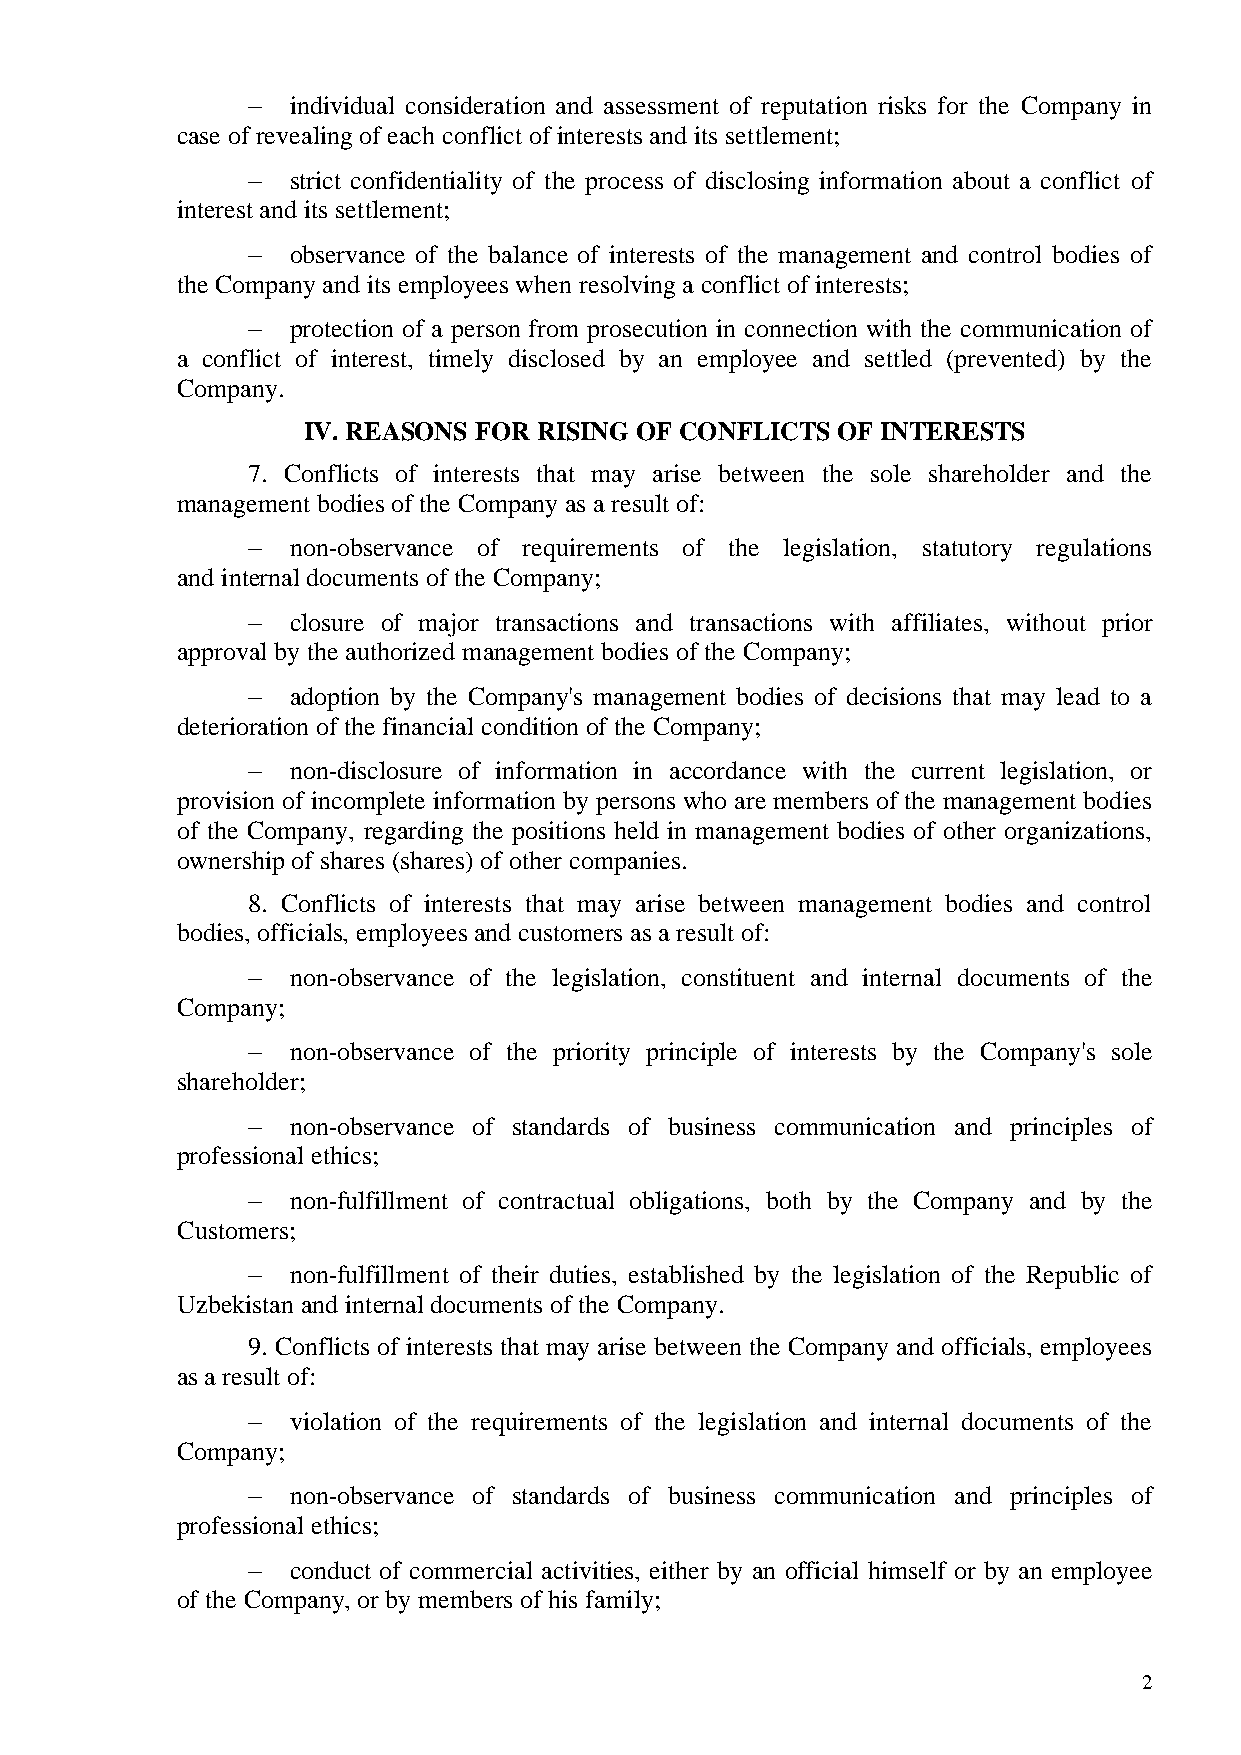
  individual consideration and assessment of reputation risks for the Company in
 case of revealing of each conflict of interests and its settlement;
   strict confidentiality of the process of disclosing information about a conflict of
 interest and its settlement;
   observance of the balance of interests of the management and control bodies of
 the Company and its employees when resolving a conflict of interests;
   protection of a person from prosecution in connection with the communication of
 a conflict of interest, timely disclosed by an employee and settled (prevented) by the
 Company.
 IV. REASONS FOR RISING OF CONFLICTS OF INTERESTS
 7. Conflicts of interests that may arise between the sole shareholder and the
 management bodies of the Company as a result of:
   non-observance of requirements of the legislation, statutory regulations
 and internal documents of the Company;
   closure of major transactions and transactions with affiliates, without prior
 approval by the authorized management bodies of the Company;
   adoption by the Company's management bodies of decisions that may lead to a
 deterioration of the financial condition of the Company;
   non-disclosure of information in accordance with the current legislation, or
 provision of incomplete information by persons who are members of the management bodies
 of the Company, regarding the positions held in management bodies of other organizations,
 ownership of shares (shares) of other companies.
 8. Conflicts of interests that may arise between management bodies and control
 bodies, officials, employees and customers as a result of:
   non-observance of the legislation, constituent and internal documents of the
 Company;
   non-observance of the priority principle of interests by the Company's sole
 shareholder;
   non-observance of standards of business communication and principles of
 professional ethics;
   non-fulfillment of contractual obligations, both by the Company and by the
 Customers;
   non-fulfillment of their duties, established by the legislation of the Republic of
 Uzbekistan and internal documents of the Company.
 9. Conflicts of interests that may arise between the Company and officials, employees
 as a result of:
   violation of the requirements of the legislation and internal documents of the
 Company;
   non-observance of standards of business communication and principles of
 professional ethics;
   conduct of commercial activities, either by an official himself or by an employee
 of the Company, or by members of his family;
 2